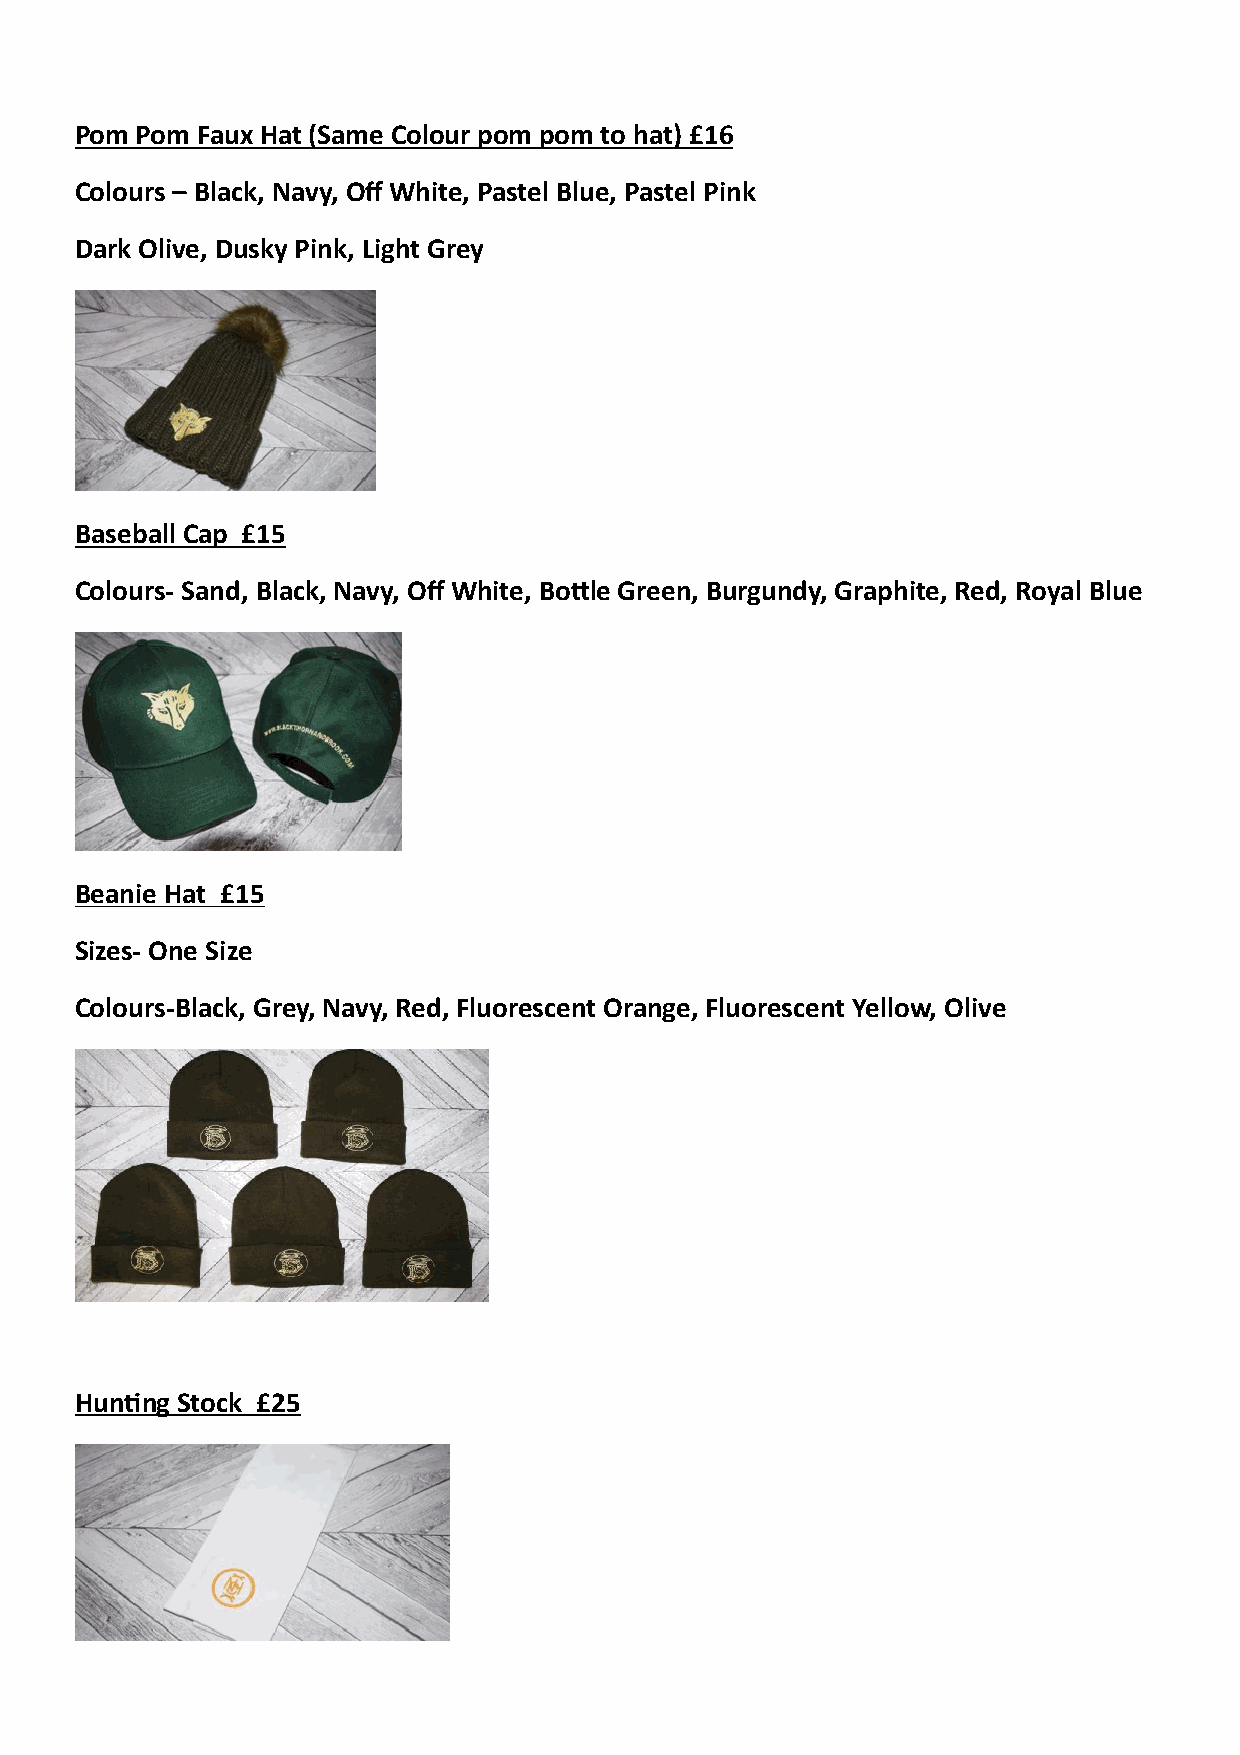
Pom Pom Faux Hat (Same Colour pom pom to hat) £16
 Colours – Black, Navy, Off White, Pastel Blue, Pastel Pink
 Dark Olive, Dusky Pink, Light Grey
 Baseball Cap £15
 Colours- Sand, Black, Navy, Off White, BoNle Green, Burgundy, Graphite, Red, Royal Blue
 Beanie Hat £15
 Sizes- One Size
 Colours-Black, Grey, Navy, Red, Fluorescent Orange, Fluorescent Yellow, Olive
 HunRng Stock £25